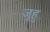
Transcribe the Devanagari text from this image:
जुहु